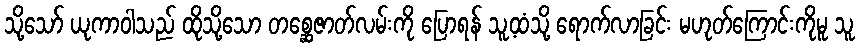
သို့သော် ယုကာဝါသည် ထိုသို့သော တစ္ဆေဇာတ်လမ်းကို ပြောရန် သူ့ထံသို့ ရောက်လာခြင်း မဟုတ်ကြောင်းကိုမူ သူ